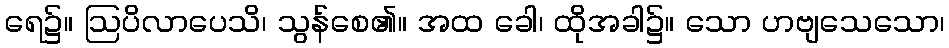
ရေ၌။ ဩပိလာပေသိ၊ သွန်စေ၏။ အထ ခေါ၊ ထိုအခါ၌။ သော ဟဗျသေသော၊